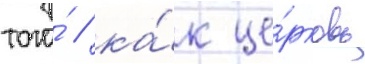
того́ / ка́к це́рковь